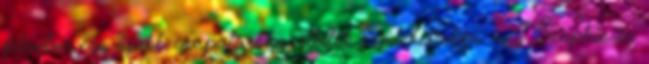
felvetve egy újabb csapataréna ötletét. Emlékeimben még Szophie és